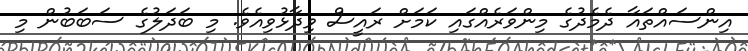
އިންސައްތައާ ދެމެދުގެ މިންވަރެއްގައި ކަމަށް ރައީސް ވިދާޅުވިއެވެ. މި ބަދަލުގެ ސަބަބުން މި